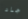
جاد